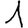
Digit: 1